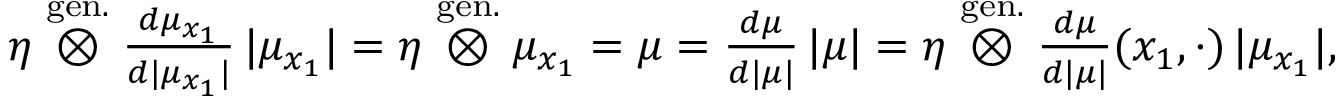
\begin{array} { r } { \eta \stackrel { \mathrm { g e n . } } { \otimes } \frac { d \mu _ { x _ { 1 } } } { d | \mu _ { x _ { 1 } } | } \, | \mu _ { x _ { 1 } } | = \eta \stackrel { \mathrm { g e n . } } { \otimes } \mu _ { x _ { 1 } } = \mu = \frac { d \mu } { d | \mu | } \, | \mu | = \eta \stackrel { \mathrm { g e n . } } { \otimes } \frac { d \mu } { d | \mu | } ( x _ { 1 } , \cdot ) \, | \mu _ { x _ { 1 } } | , } \end{array}